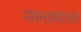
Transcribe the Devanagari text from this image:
नवनाथांतले